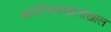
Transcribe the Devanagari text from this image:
वालेन्सियाखालोखाल